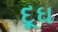
દૂઘ